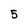
Character: 5